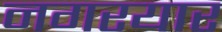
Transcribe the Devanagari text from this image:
नगरयार